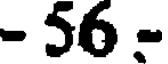
- 56 -